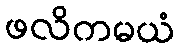
ဖလိကမယံ